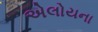
એલોયના